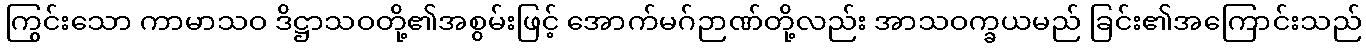
ကြွင်းသော ကာမာသဝ ဒိဋ္ဌာသဝတို့၏အစွမ်းဖြင့် အောက်မဂ်ဉာဏ်တို့လည်း အာသဝက္ခယမည် ခြင်း၏အကြောင်းသည်